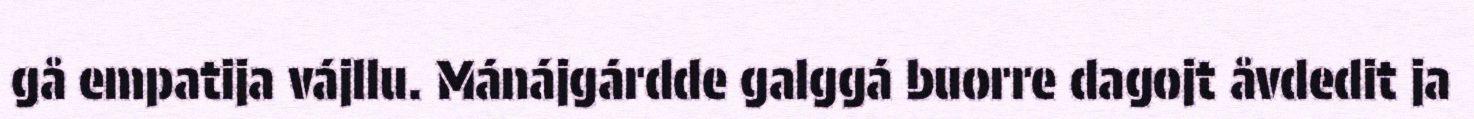
gå empatija vájllu. Mánájgárdde galggá buorre dagojt åvdedit ja